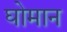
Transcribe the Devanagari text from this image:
घोमान